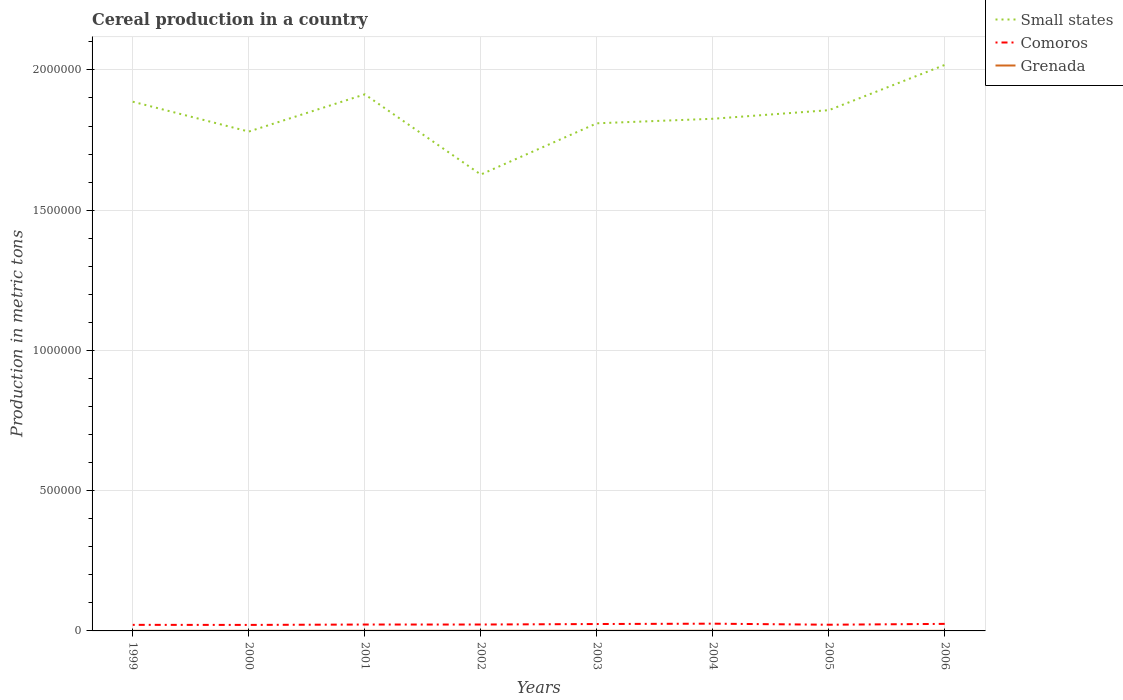
| Years | Small states | Comoros | Grenada |
 | --- | --- | --- | --- |
 | 1999 | 1.89e+06 | 2.16e+04 | 339 |
 | 2000 | 1.78e+06 | 2.14e+04 | 375 |
 | 2001 | 1.91e+06 | 2.28e+04 | 388 |
 | 2002 | 1.63e+06 | 2.28e+04 | 391 |
 | 2003 | 1.81e+06 | 2.46e+04 | 441 |
 | 2004 | 1.83e+06 | 2.58e+04 | 477 |
 | 2005 | 1.86e+06 | 2.21e+04 | 315 |
 | 2006 | 2.02e+06 | 2.51e+04 | 300 |